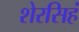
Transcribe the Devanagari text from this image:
शेरसिहं